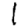
Digit: 1